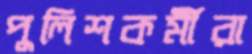
পুলিশকর্মীরা